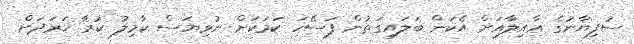
ސުފިޔާނުގެ ޢާއިލާއަށް އެކަން ބަލައިގަތުން ފަސޭހަ ކަމަކަށް ނުވިޔަސް ކާމިލު ކުރާ ޚަރަދަށް